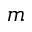
m